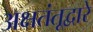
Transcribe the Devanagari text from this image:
अक्षतंतूद्वारे